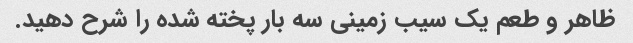
ظاهر و طعم یک سیب زمینی سه بار پخته شده را شرح دهید.